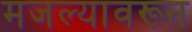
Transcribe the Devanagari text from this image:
मजल्यावरून